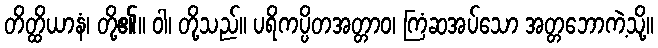
တိတ္ထိယာနံ၊ တို့၏။ ဝါ၊ တို့သည်။ ပရိကပ္ပိတအတ္တာဝ၊ ကြံဆအပ်သော အတ္တဘောကဲ့သို့။